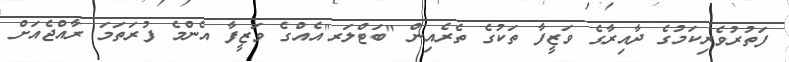
ފަތުރުވެރިކަމުގެ ދާއިރާގެ ވަޒީފާ ތަކުގެ ތެރެއިން "ބަޓްލަރ"އެއްގެ ވަޒީފާ އެންމެ ފުރަތަމަ ރާއްޖެއަށް